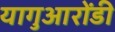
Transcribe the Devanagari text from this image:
यागुआरोंडी